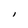
Character: l